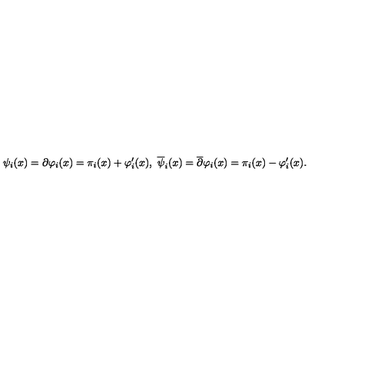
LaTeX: \psi _ { i } ( x ) = \partial \varphi _ { i } ( x ) = \pi _ { i } ( x ) + \varphi _ { i } ^ { \prime } ( x ) , \ { \overline { \psi } } _ { i } ( x ) = { \overline { \partial } } \varphi _ { i } ( x ) = \pi _ { i } ( x ) - \varphi _ { i } ^ { \prime } ( x ) .